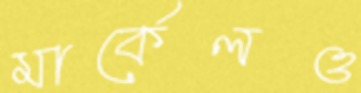
মার্কেলও